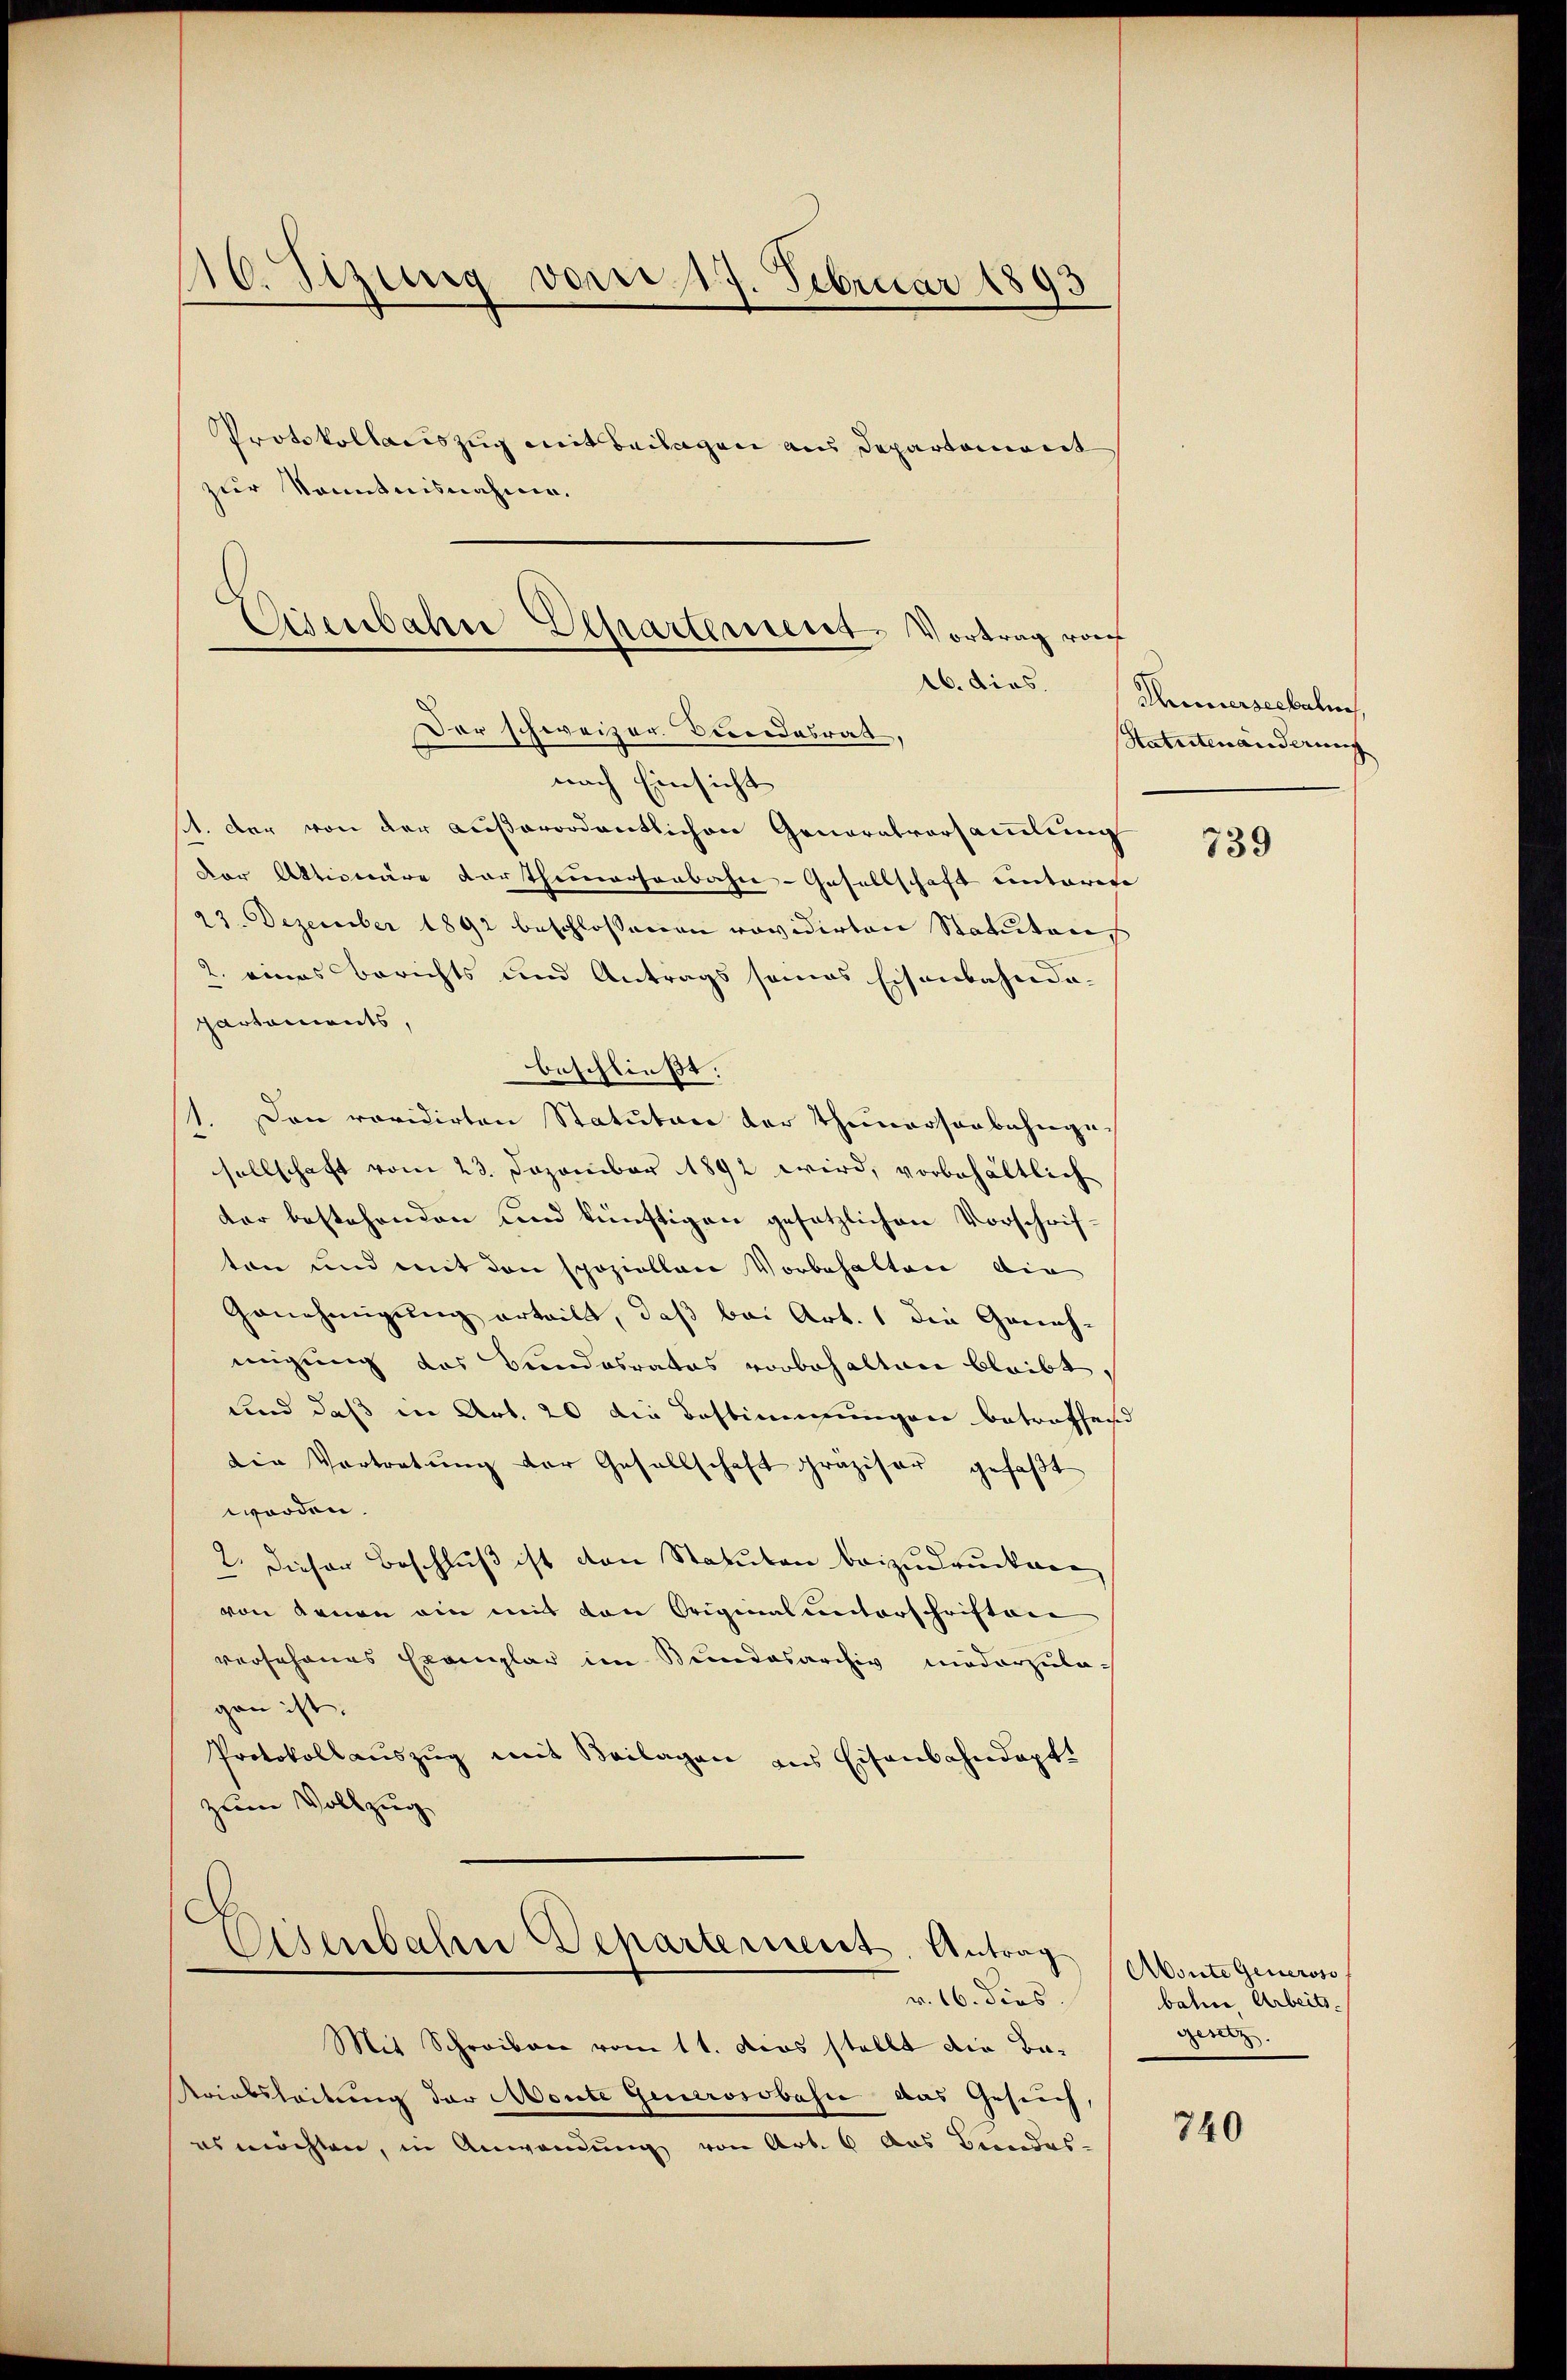
116. Sizung vom 17. Februar 1893

Protokollauszug mit Beilagen aus Departement
zur Sonntnisnahme.

Eisenbahn Eepartement. Vortrag roch
16. dies.
Der schweizer Bedendesrat,

nach Einsicht
1. Der von der außerordentlichen Generalvorsammlung
Der Aktionäre dortheimersenbahn-Gesellschaft unterere |
23. Dezember 1892 beschlossenen revidirten Statutens
2. eines Berichts und Antrags seines Eisenbahndapartements,
beschließt.
Den revidirten Statutare der Therersenbahnge-
sellschaft vom 23. Dezember 1892 wird, vorbehältlich
der bestehenden und künftigen gesetzlichen Vorschrifton und mit den spoziollen Vorbehalten die
Genehmigung erteilt, daß bei Art. 1 die Geneh-
migung das Bundesrates vorbehalten bleibt
und daß in Art. 20 die Bestimmungen betreffend
den Vortretung der Gesellschaft präziser gefaßt
worden.
2. Dieser Beschluß ist den Statuten beizudrucken
von Armen ein mit den Original unterschriften
vorsehenes Exemplar im Bundesarchiv niederzulagen ist.
Protokoll aŭszŭg mit Beilagen ans Eisenbahndapt.
zum Vollzug

Eisenbahre Departement. Antrag
v. 16. dies

Mit Schreiben vom 11. das stellt die Ba¬
Kriatsleitung der Monte Giurosobahn das Gesuch,
es möchten, in Anwendung von Art. 6 aus Bundes-

Thierseebalm.
Statutenänderung

Abonte Generoso
bahre Arbeits.
gesetz

740

739